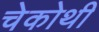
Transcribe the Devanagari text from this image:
चेकोथी